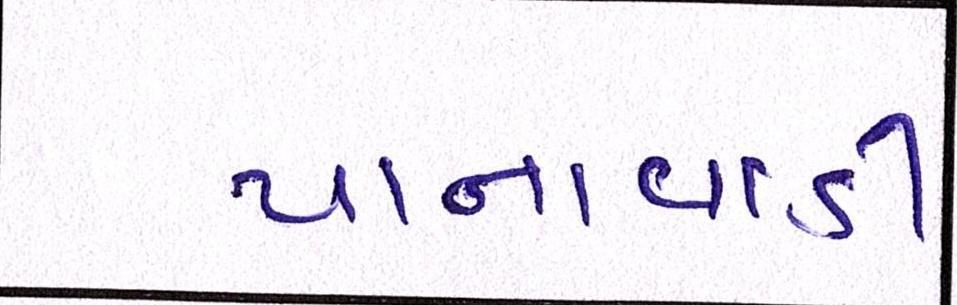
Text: પાનવાડી